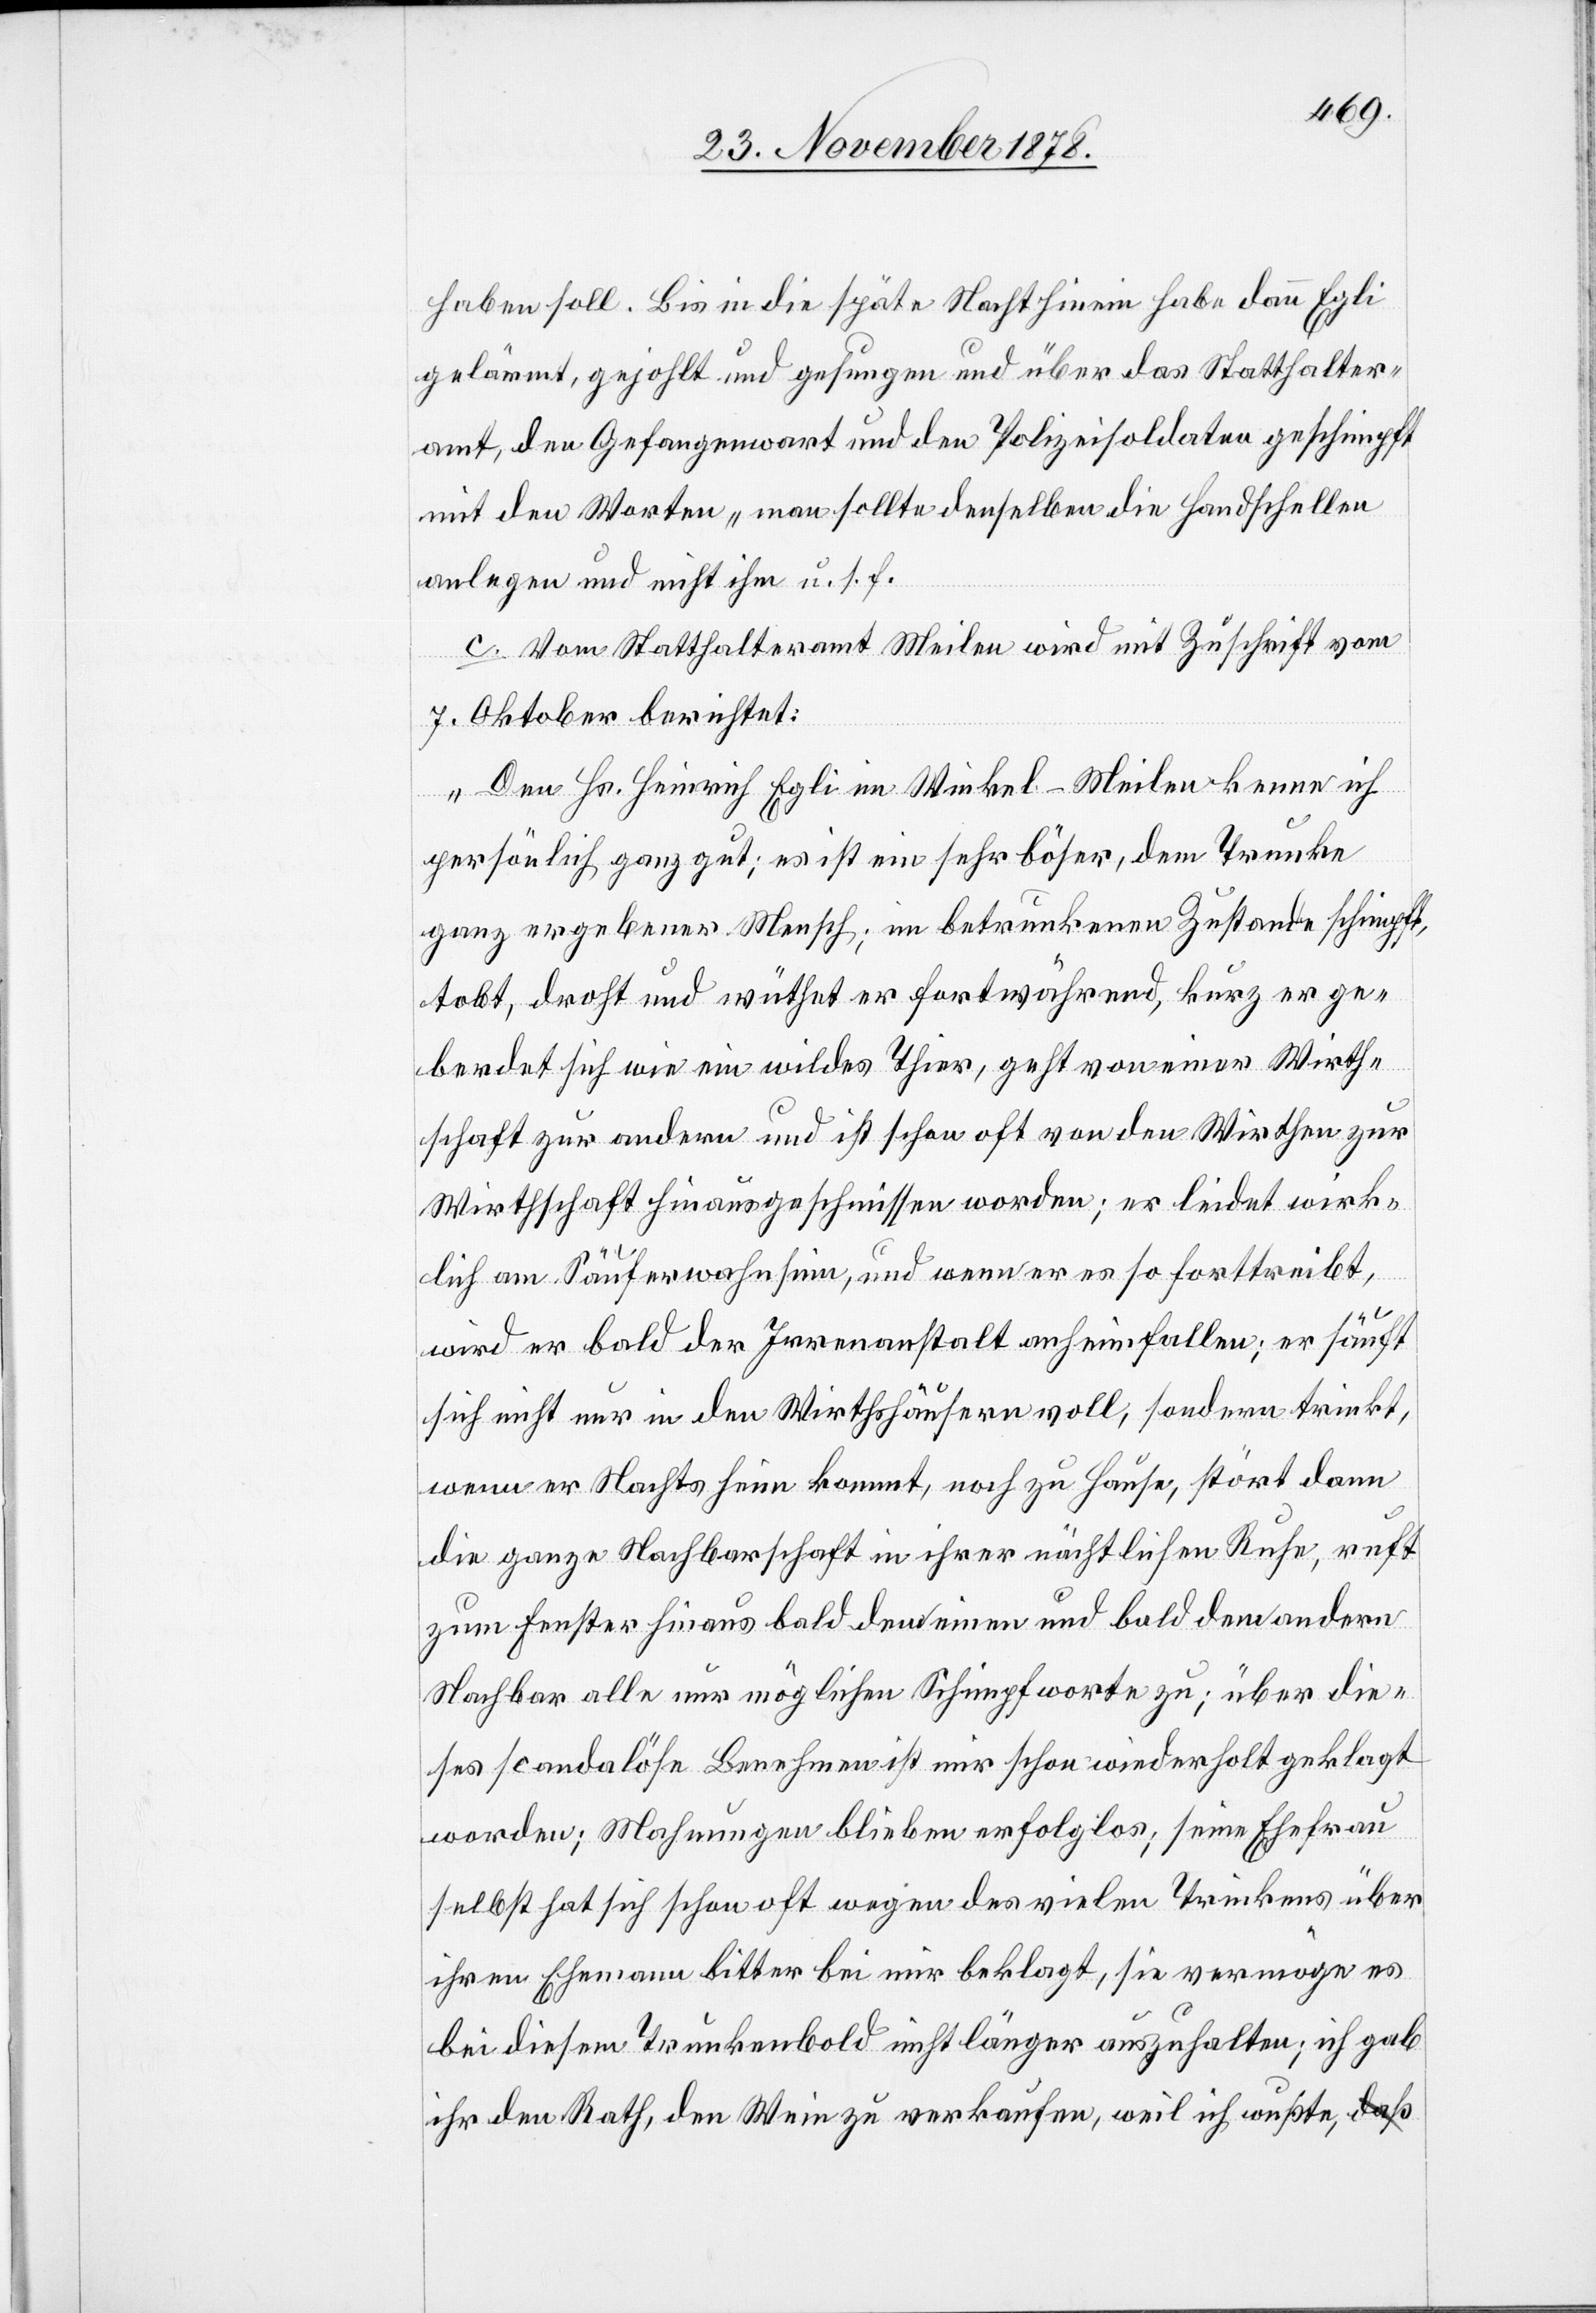
haben soll. Bis in die späte Nacht hinein habe dann Egli
gelärmt, gejohlt und gesungen und über das Statthalter¬
amt, den Gefangenwart und den Polizeisoldaten geschimpft
mit den Worten „man sollte denselben die Handschellen
anlegen und nicht ihm u. s. f.“
c. Vom Statthalteramt Meilen wird mit Zuschrift vom
7. Oktober berichtet:
„Den Hs. Heinrich Egli im Winkel - Meilen kenne ich
persönlich ganz gut; es ist ein sehr böser, dem Trunke
ganz ergebener Mensch, in betrunkenem Zustande schimpft,
tobt, droht und wüthet er fortwährend, kurz er ge¬
berdet sich wie ein wildes Thier, geht von einer Wirth¬
schaft zur andern und ist schon oft von den Wirthen zur
Wirthschaft hinausgeschmissen worden; er leidet wirk¬
lich am Säuferwahnsinn, und wenn er es so forttreibt,
wird er bald der Irrenanstalt anheimfallen; er säuft
sich nicht nur in den Wirthshäusern voll, sondern trinkt,
wenn er Nachts heim kommt, noch zu Hause, stört dann
die ganze Nachbarschaft in ihrer nächtlichen Ruhe, ruft
zum Fenster hinaus bald den einen und bald den andern
Nachbar alle nur möglichen Schimpfworte zu; über die¬
ses scandalöse Benehmen ist mir schon wiederholt geklagt
worden; Mahnungen bleiben erfolglos; seine Ehefrau
selbst hat sich schon oft wegen des vielen Trinkens über
ihren Ehemann bitter bei mir beklagt, sie vermöge es
bei diesem Trunkenbold nicht länger auszuhalten; ich gab
ihr den Rath, den Wein zu verkaufen, weil ich wußte,